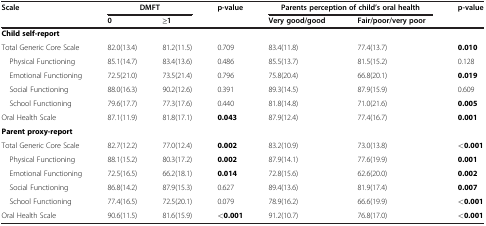
<table><thead><tr><td><b>Scale</b></td><td colspan="2"><b>DMFT</b></td><td><b>p-value</b></td><td colspan="2"><b>Parents perception of child’s oral health</b></td><td><b>p-value</b></td></tr><tr><td><b> </b></td><td><b>0</b></td><td><b>≥1</b></td><td><b> </b></td><td><b>Very good/good</b></td><td><b>Fair/poor/very poor</b></td><td><b> </b></td></tr></thead><tbody><tr><td><b>Child self-report</b></td><td> </td><td> </td><td> </td><td> </td><td> </td><td> </td></tr><tr><td>Total Generic Core Scale</td><td>82.0(13.4)</td><td>81.2(11.5)</td><td>0.709</td><td>83.4(11.8)</td><td>77.4(13.7)</td><td><b>0.010</b></td></tr><tr><td> Physical Functioning</td><td>85.1(14.7)</td><td>83.4(13.6)</td><td>0.486</td><td>85.5(13.7)</td><td>81.5(15.2)</td><td>0.128</td></tr><tr><td> Emotional Functioning</td><td>72.5(21.0)</td><td>73.5(21.4)</td><td>0.796</td><td>75.8(20.4)</td><td>66.8(20.1)</td><td><b>0.019</b></td></tr><tr><td> Social Functioning</td><td>88.0(16.3)</td><td>90.2(12.6)</td><td>0.391</td><td>89.3(14.5)</td><td>87.9(15.9)</td><td>0.609</td></tr><tr><td> School Functioning</td><td>79.6(17.7)</td><td>77.3(17.6)</td><td>0.440</td><td>81.8(14.8)</td><td>71.0(21.6)</td><td><b>0.005</b></td></tr><tr><td>Oral Health Scale</td><td>87.1(11.9)</td><td>81.8(17.1)</td><td><b>0.043</b></td><td>87.9(12.4)</td><td>77.4(16.7)</td><td><b>0.001</b></td></tr><tr><td><b>Parent proxy-report</b></td><td> </td><td> </td><td> </td><td> </td><td> </td><td> </td></tr><tr><td>Total Generic Core Scale</td><td>82.7(12.2)</td><td>77.0(12.4)</td><td><b>0.002</b></td><td>83.2(10.9)</td><td>73.0(13.8)</td><td><b>&lt;0.001</b></td></tr><tr><td> Physical Functioning</td><td>88.1(15.2)</td><td>80.3(17.2)</td><td><b>0.002</b></td><td>87.9(14.1)</td><td>77.6(19.9)</td><td><b>0.001</b></td></tr><tr><td> Emotional Functioning</td><td>72.5(16.5)</td><td>66.2(18.1)</td><td><b>0.014</b></td><td>72.8(15.6)</td><td>62.6(20.0)</td><td><b>0.002</b></td></tr><tr><td> Social Functioning</td><td>86.8(14.2)</td><td>87.9(15.3)</td><td>0.627</td><td>89.4(13.6)</td><td>81.9(17.4)</td><td><b>0.007</b></td></tr><tr><td> School Functioning</td><td>77.4(16.5)</td><td>72.5(20.1)</td><td>0.079</td><td>78.9(16.2)</td><td>66.6(19.9)</td><td><b>&lt;0.001</b></td></tr><tr><td>Oral Health Scale</td><td>90.6(11.5)</td><td>81.6(15.9)</td><td><b>&lt;0.001</b></td><td>91.2(10.7)</td><td>76.8(17.0)</td><td><b>&lt;0.001</b></td></tr></tbody></table>